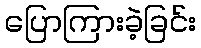
ပြောကြားခဲ့ခြင်း